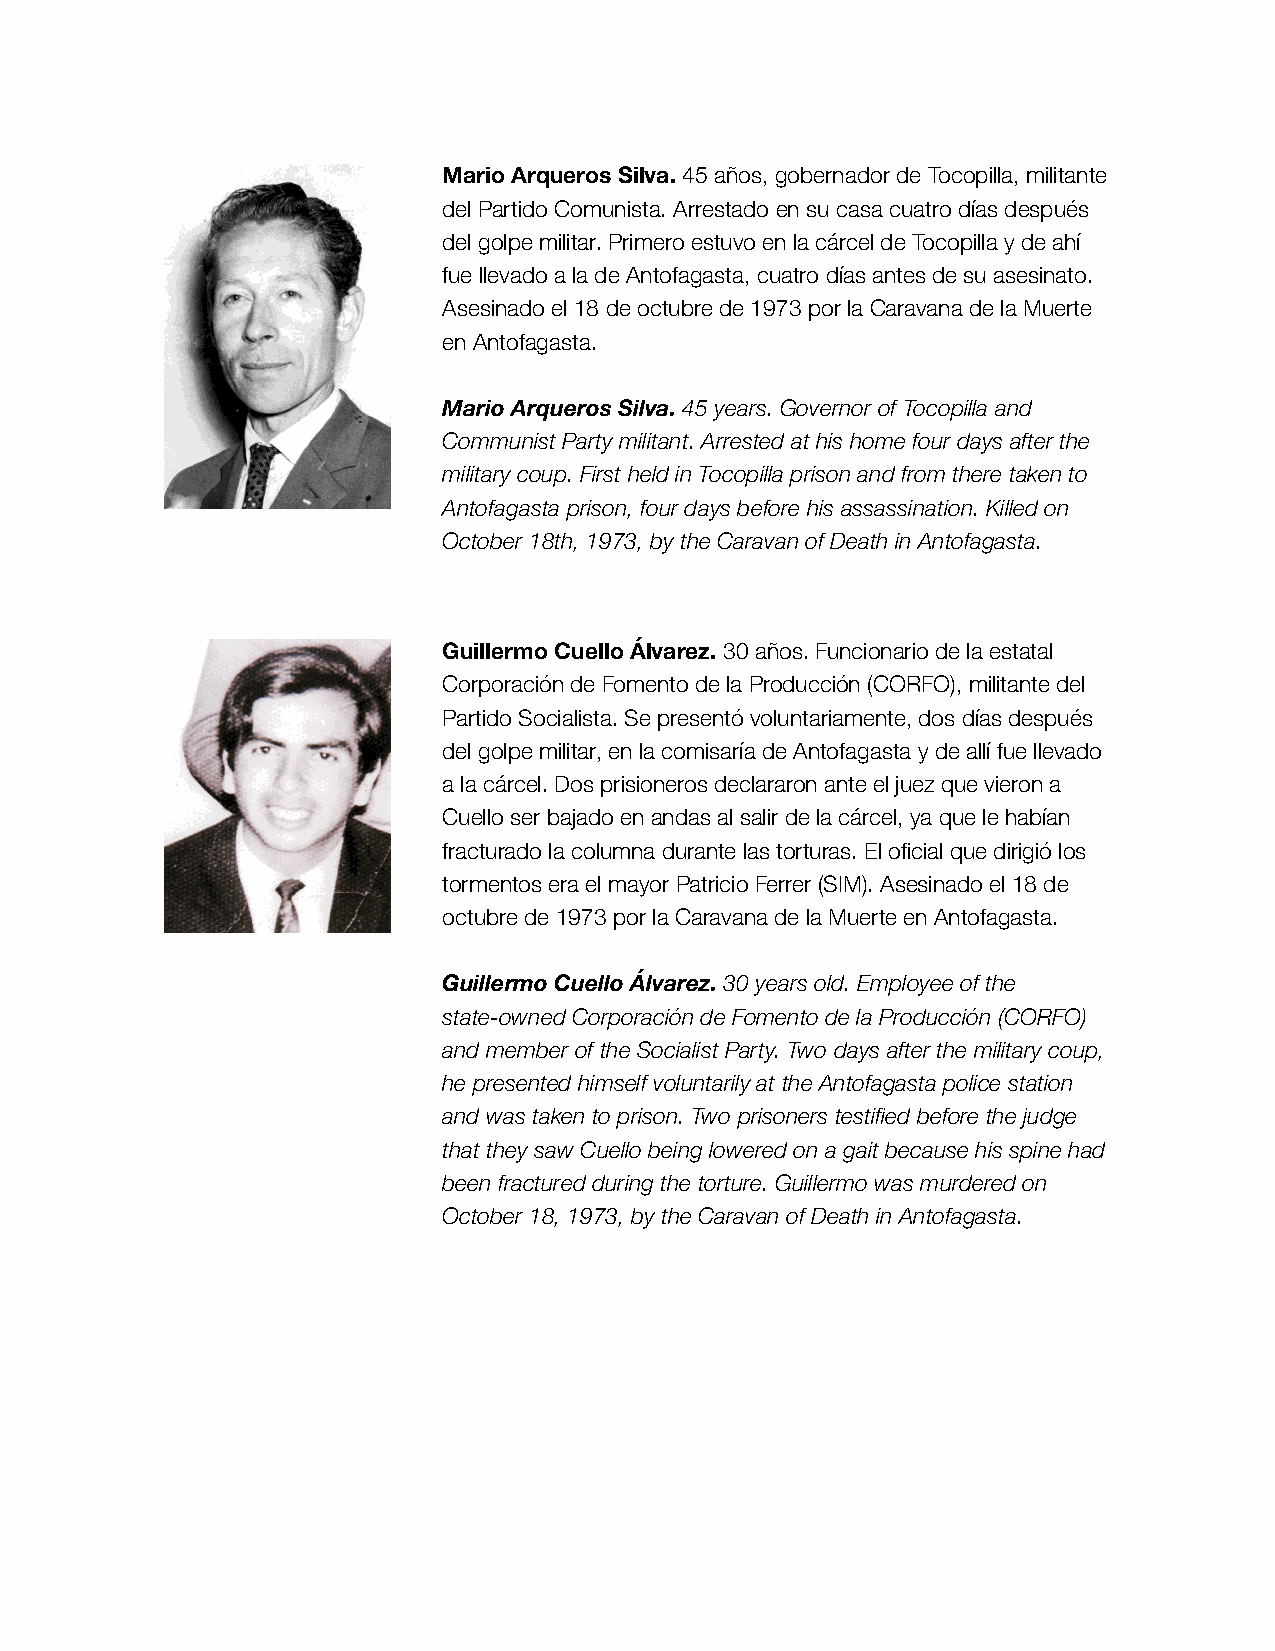
Mario Arqueros Silva. 45 años, gobernador de Tocopilla, militante
 del Partido Comunista. Arrestado en su casa cuatro días después
 del golpe militar. Primero estuvo en la cárcel de Tocopilla y de ahí
 fue llevado a la de Antofagasta, cuatro días antes de su asesinato.
 Asesinado el 18 de octubre de 1973 por la Caravana de la Muerte
 en Antofagasta.
 Mario Arqueros Silva. 45 years. Governor of Tocopilla and
 Communist Party militant. Arrested at his home four days after the
 military coup. First held in Tocopilla prison and from there taken to
 Antofagasta prison, four days before his assassination. Killed on
 October 18th, 1973, by the Caravan of Death in Antofagasta.
 Guillermo Cuello Álvarez. 30 años. Funcionario de la estatal
 Corporación de Fomento de la Producción (CORFO), militante del
 Partido Socialista. Se presentó voluntariamente, dos días después
 del golpe militar, en la comisaría de Antofagasta y de allí fue llevado
 a la cárcel. Dos prisioneros declararon ante el juez que vieron a
 Cuello ser bajado en andas al salir de la cárcel, ya que le habían
 fracturado la columna durante las torturas. El oficial que dirigió los
 tormentos era el mayor Patricio Ferrer (SIM). Asesinado el 18 de
 octubre de 1973 por la Caravana de la Muerte en Antofagasta.
 Guillermo Cuello Álvarez. 30 years old. Employee of the
 state-owned Corporación de Fomento de la Producción (CORFO)
 and member of the Socialist Party. Two days after the military coup,
 he presented himself voluntarily at the Antofagasta police station
 and was taken to prison. Two prisoners testified before the judge
 that they saw Cuello being lowered on a gait because his spine had
 been fractured during the torture. Guillermo was murdered on
 October 18, 1973, by the Caravan of Death in Antofagasta.